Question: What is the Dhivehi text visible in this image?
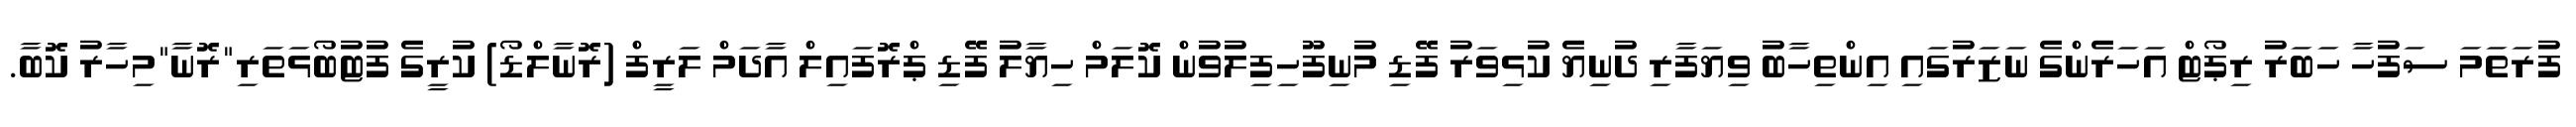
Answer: ފުރަތަމަ ސަފުހާ ހަބަރު ރިޕޯޓް އަހަރެންގެ ނަޒަރުގައި އިންތިހާބު ވިޔަފާރި ދުނިޔެ ކުޅިވަރު ފޭޑި މުނިފޫހިފިލުވުން ކޮލަމް ހިޔާލު ފޭޑި ޕްރޮފައިލް އާދަމް ލަރީފް (ރޮނާލްޑޯ) ކުރީގެ ފުޓުބޯޅަތަރި"ރޮނާ"މިހާރު ކޮބާ.